Burma Government Medical School reports 1907-22
Year: 1907
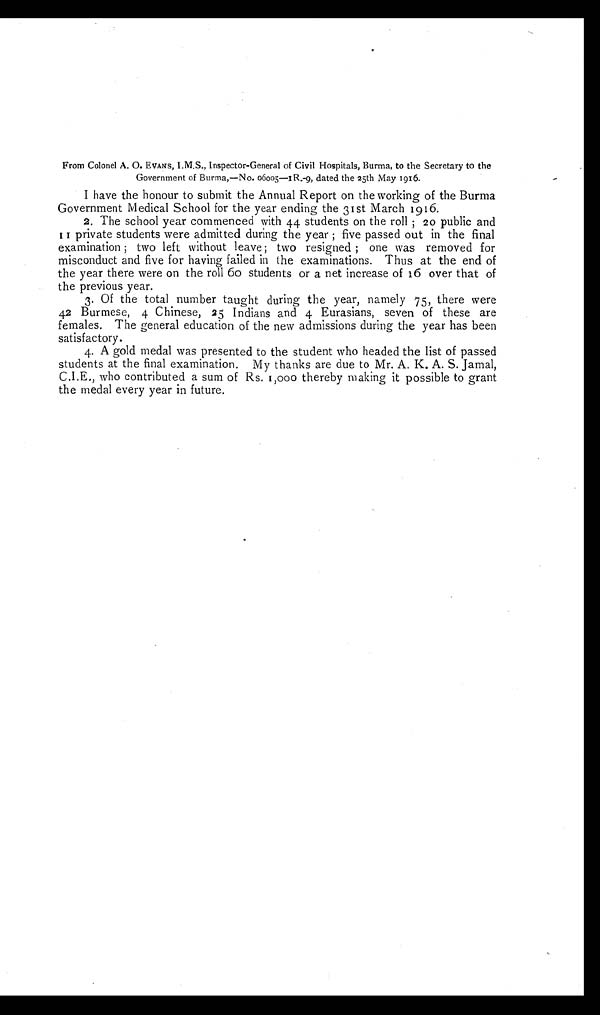
From Colonel A. O. EVANS, I.M.S., Inspector-General of Civil Hospitals, Burma, to the Secretary to the
Government of Burma,—No. 06005—IR.-9, dated the 25th May 1916.
I have the honour to submit the Annual Report on the working of the Burma
Government Medical School for the year ending the 31st March 1916.
2. The school year commenced with 44 students on the roll; 20 public and
II private students were admitted during the year; five passed out in the final
examination; two left without leave; two resigned; one was removed for
misconduct and five for having failed in the examinations. Thus at the end of
the year there were on the roll 60 students or a net increase of 16 over that of
the previous year.
3. Of the total number taught during the year, namely 75, there were
42 Burmese, 4 Chinese, 25 Indians and 4 Eurasians, seven of these are
females. The general education of the new admissions during the year has been
satisfactory.
4. A gold medal was presented to the student who headed the list of passed
students at the final examination. My thanks are due to Mr. A. K. A. S. Jamal,
C.I.E., who contributed a sum of Rs. 1,000 thereby making it possible to grant
the medal every year in future.